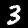
Digit: 3